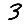
Digit: 3